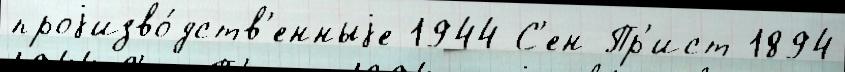
проjизво́дств'енныjе 1944 С'ен-Пр'ист 1894